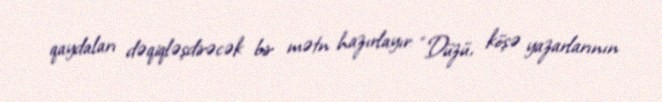
qaydaları dəqiqləşdirəcək bir mətn hazırlayır: “Düzü, köşə yazarlarının